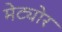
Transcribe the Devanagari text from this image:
मेट्योर